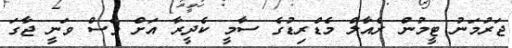
ޖަރުމަނު ޓީމުން ރެއާލް މެޑްރިޑުގެ ސާމީ ކެދީރާ އަށް ވެސް ވަނީ ޖާގަ